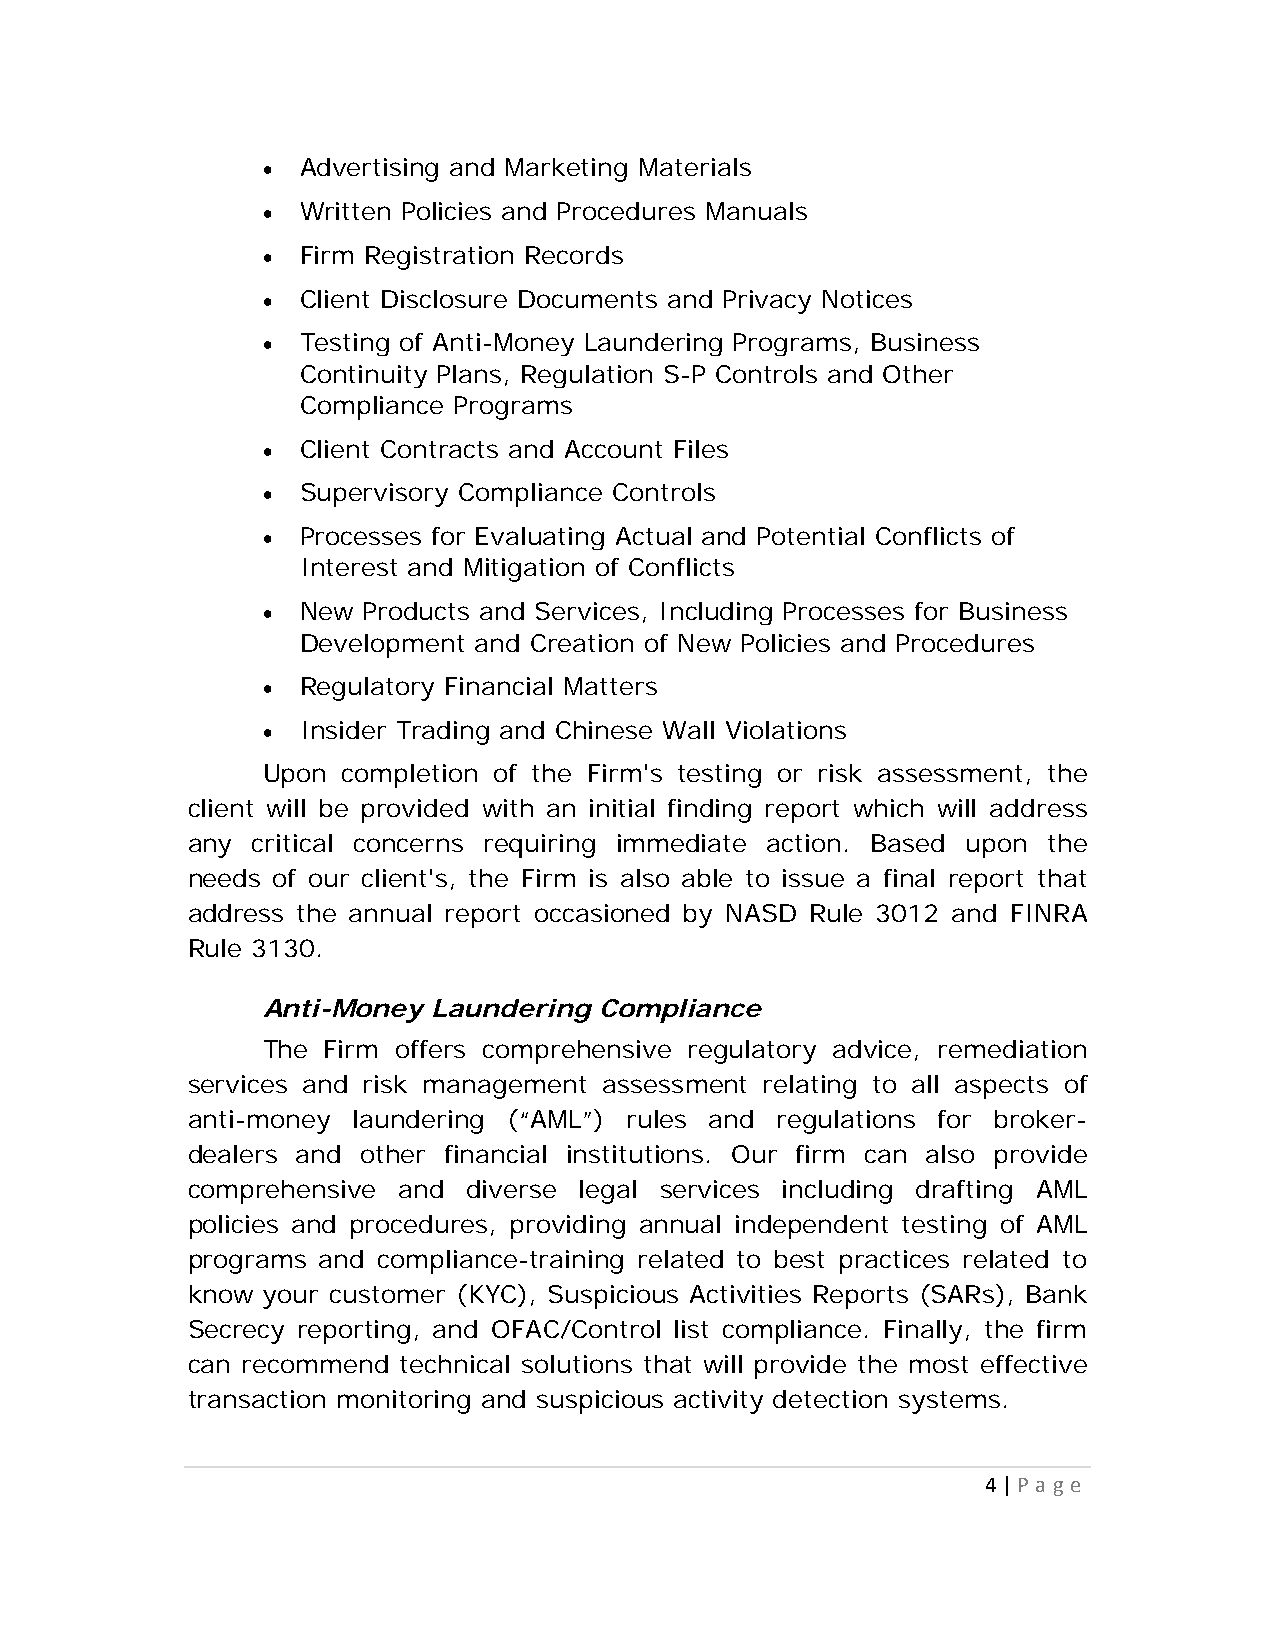
  Advertising and Marketing Materials
   Written Policies and Procedures Manuals
   Firm Registration Records
   Client Disclosure Documents and Privacy Notices
   Testing of Anti-Money Laundering Programs, Business
 Continuity Plans, Regulation S-P Controls and Other
 Compliance Programs
   Client Contracts and Account Files
   Supervisory Compliance Controls
   Processes for Evaluating Actual and Potential Conflicts of
 Interest and Mitigation of Conflicts
   New Products and Services, Including Processes for Business
 Development and Creation of New Policies and Procedures
   Regulatory Financial Matters
   Insider Trading and Chinese Wall Violations
 Upon  completion of the Firm's testing or risk assessment, the
 client will be provided with an initial finding report which will address
 any  critical concerns requiring immediate action. Based upon the
 needs of our client's, the Firm is also able to issue a final report that
 address the annual report occasioned by NASD Rule 3012 and FINRA
 Rule 3130.
 Anti-Money  Laundering Compliance
 The Firm offers comprehensive regulatory advice, remediation
 services and risk management assessment relating to all aspects of
 anti-money laundering (“AML”) rules and regulations for broker-
 dealers and other financial institutions. Our firm can also provide
 comprehensive and  diverse legal services including drafting AML
 policies and procedures, providing annual independent testing of AML
 programs and compliance-training related to best practices related to
 know your customer (KYC), Suspicious Activities Reports (SARs), Bank
 Secrecy reporting, and OFAC/Control list compliance. Finally, the firm
 can recommend technical solutions that will provide the most effective
 transaction monitoring and suspicious activity detection systems.
 4 | P a g e